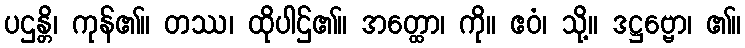
ပဌန္တိ၊ ကုန်၏။ တဿ၊ ထိုပါဌ်၏။ အတ္ထော၊ ကို။ ဧဝံ၊ သို့။ ဒဋ္ဌဗ္ဗော၊ ၏။